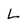
Character: L